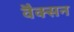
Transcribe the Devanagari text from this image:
वैक्सन